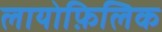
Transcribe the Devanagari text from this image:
लायोफ़िलिक